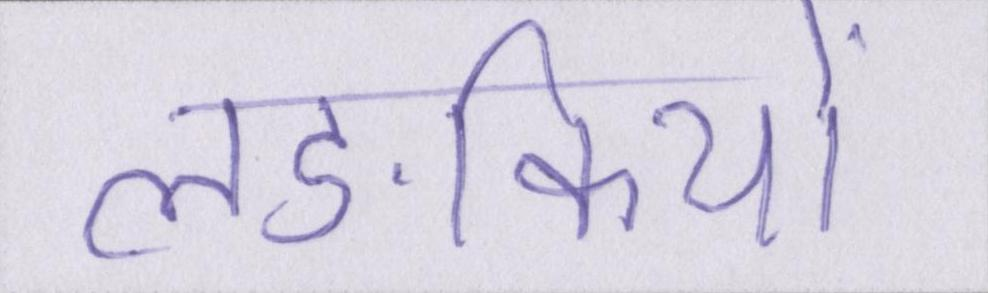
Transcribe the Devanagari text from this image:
लङकियों